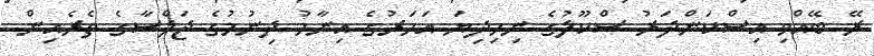
ރޭ ބޭއްވި އިސްކަންދަރު ސްކޫލުގެ ނިމިދިޔަ އަހަރުގެ އިނާމު ދިނުމުގެ ޖަލްސާގެ ތެރެއިން